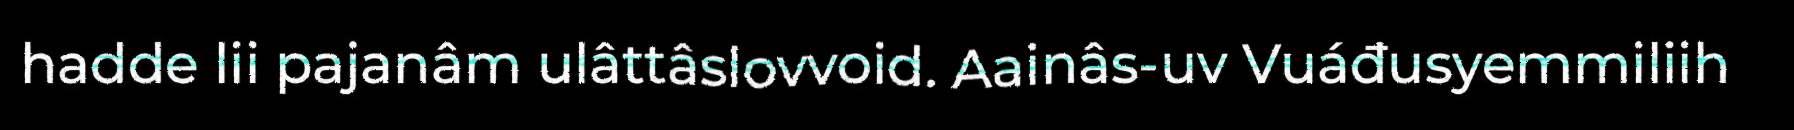
hadde lii pajanâm ulâttâslovvoid. Aainâs-uv Vuáđusyemmiliih